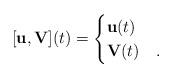
LaTeX: \begin{align*} [\mathbf u,\mathbf V](t) = \begin{cases} \mathbf u(t) & \\ \mathbf V(t) &. \end{cases}\end{align*}